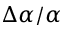
\Delta \alpha / \alpha